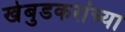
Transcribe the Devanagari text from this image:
खेबुडकरांच्या